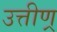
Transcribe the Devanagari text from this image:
उत्तीण्र